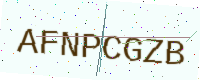
Text: AFNPCGZB